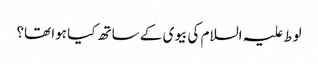
لوط علیہ السلام کی بیوی کے ساتھ کیا ہوا تھا؟